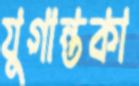
যুগান্তকা